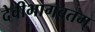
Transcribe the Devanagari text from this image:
देवीभागवतम्